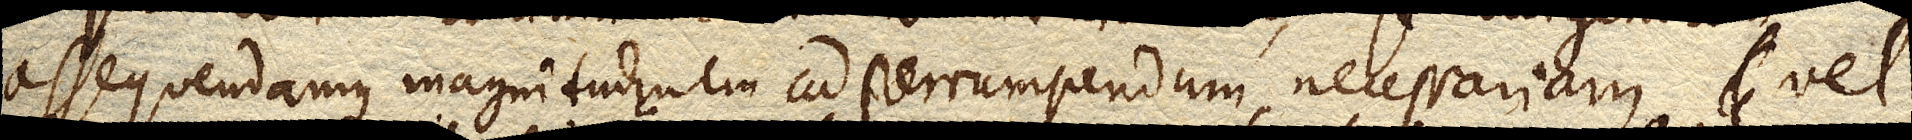
assequendamque magnitudinem ad perrumpendum necessariam, vel